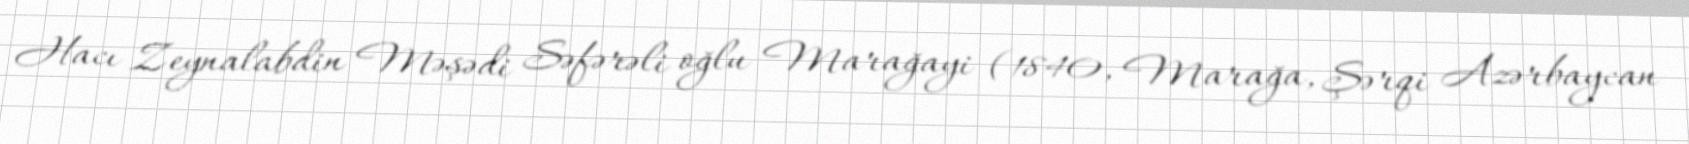
Hacı Zeynalabdin Məşədi Səfərəli oğlu Marağayi (1840, Marağa, Şərqi Azərbaycan